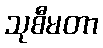
သုစီမတာ